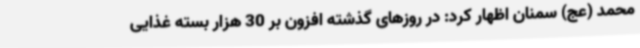
محمد (عج) سمنان اظهار کرد: در روزهای گذشته افزون بر 30 هزار بسته غذایی